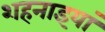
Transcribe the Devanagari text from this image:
शहनाइयां